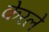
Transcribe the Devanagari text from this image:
केरले